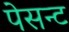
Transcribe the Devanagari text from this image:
पेसन्ट